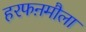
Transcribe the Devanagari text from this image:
हरफऩमौला